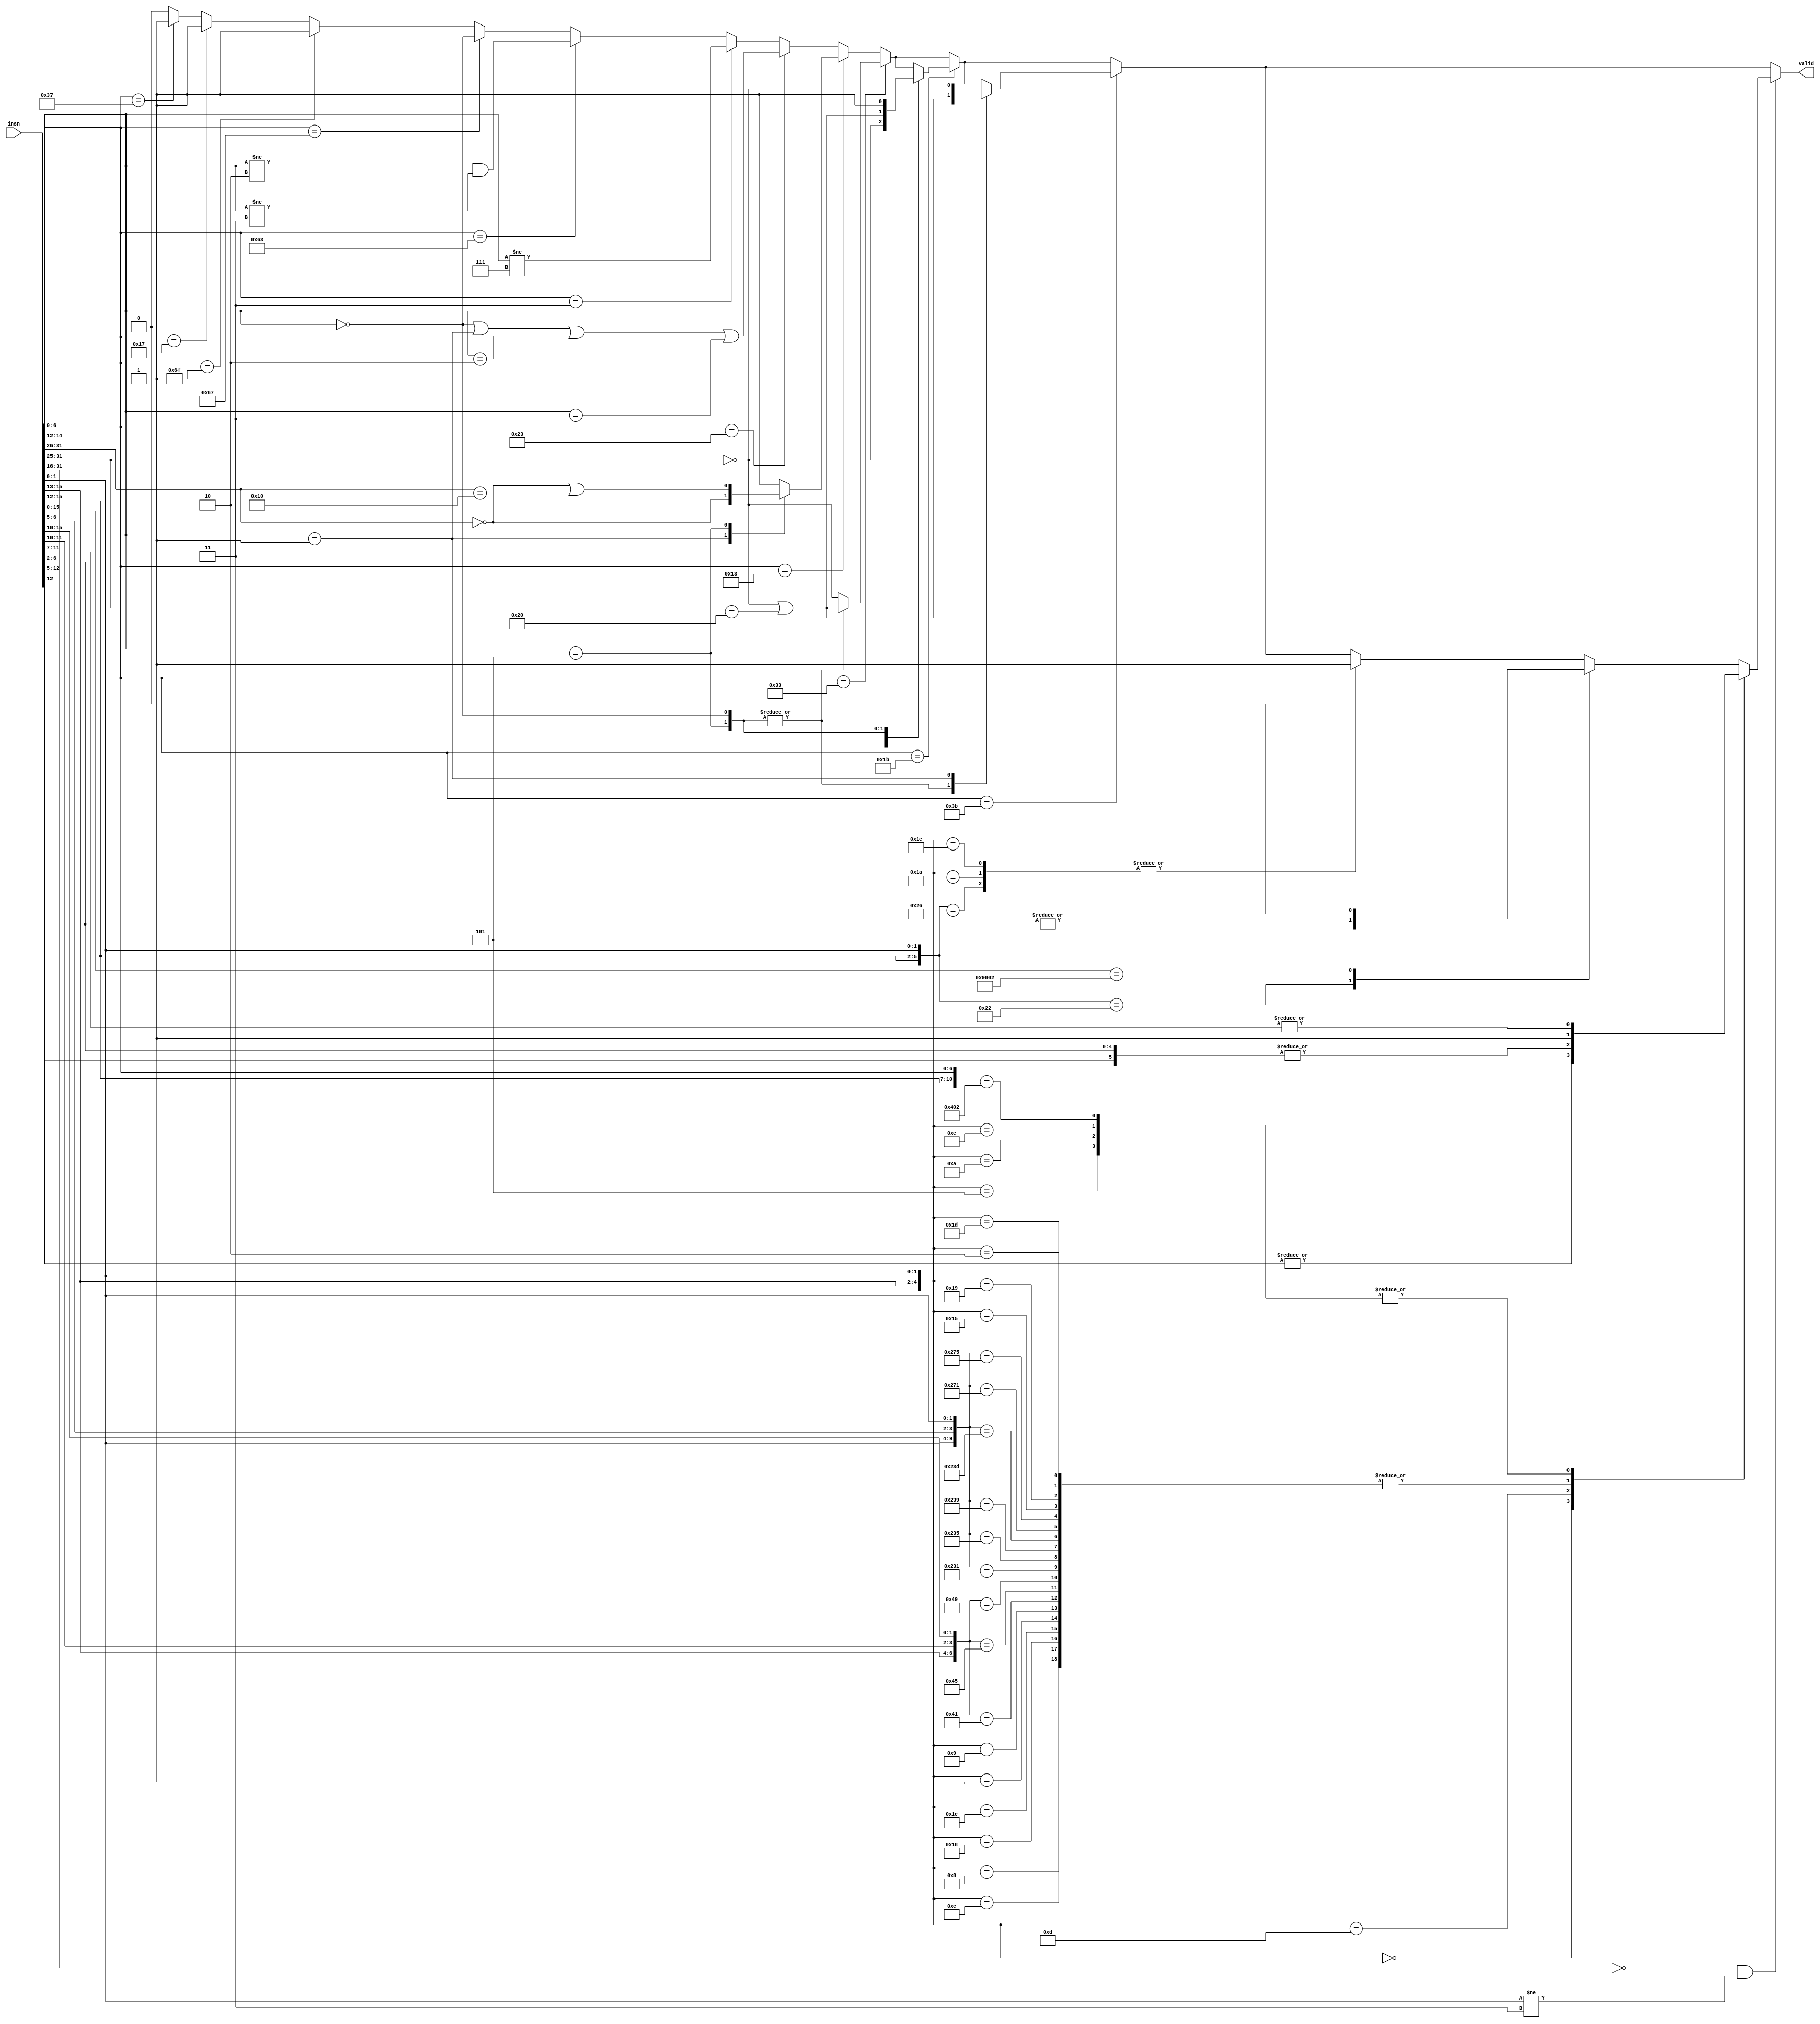
// Check if a given instruction is an RV64IC instruction (without SYSTEM opcode)
//
module riscv_rv64ic_insn (
	input [31:0] insn,
	output reg valid
);
	always @* begin
		valid = 0;

		if (insn[6:0] == 7'b 01_101_11) valid = 1; // LUI
		if (insn[6:0] == 7'b 00_101_11) valid = 1; // AUIPC
		if (insn[6:0] == 7'b 11_011_11) valid = 1; // JAL

		if (insn[6:0] == 7'b 11_001_11) begin // JALR
			valid = insn[14:12] == 3'b 000;
		end

		if (insn[6:0] == 7'b 11_000_11) begin // BRANCH
			valid = (insn[14:12] != 3'b 010) && (insn[14:12] != 3'b 011);
		end

		if (insn[6:0] == 7'b 00_000_11) begin // LOAD
			valid = (insn[14:12] != 3'b 111);
		end

		if (insn[6:0] == 7'b 01_000_11) begin // STORE
			valid = (insn[14:12] == 3'b 000) || (insn[14:12] == 3'b 001) || (insn[14:12] == 3'b 010) || (insn[14:12] == 3'b 011);
		end

		if (insn[6:0] == 7'b 00_100_11) begin // OP-IMM
			case (insn[14:12])
				3'b 001: begin // SLLI
					valid = insn[31:26] == 6'b 000000;
				end
				3'b 101: begin // SRLI SRAI
					valid = (insn[31:26] == 6'b 000000) || (insn[31:26] == 6'b 010000);
				end
				default: begin
					valid = 1;
				end
			endcase
		end

		if (insn[6:0] == 7'b 01_100_11) begin // OP
			case (insn[14:12])
				3'b 000, 3'b 101: begin // ADD SUB SRL SRA
					valid = (insn[31:25] == 7'b 0000000) || (insn[31:25] == 7'b 0100000);
				end
				default: begin
					valid = insn[31:25] == 7'b 0000000;
				end
			endcase
		end

		if (insn[6:0] == 7'b 00_110_11) begin // OP-IMM-32
			case (insn[14:12])
				3'b 001: begin // SLLIW
					valid = insn[31:25] == 7'b 0000000;
				end
				3'b 101: begin // SRLIW SRAIW
					valid = (insn[31:25] == 7'b 0000000) || (insn[31:25] == 7'b 0100000);
				end
				3'b 000: begin // ADDIW
					valid = 1;
				end
			endcase
		end

		if (insn[6:0] == 7'b 01_110_11) begin // OP-32
			case (insn[14:12])
				3'b 000, 3'b 101: begin // ADDW SUBW SRLW SRAW
					valid = (insn[31:25] == 7'b 0000000) || (insn[31:25] == 7'b 0100000);
				end
				3'b 001: begin // SLLW
					valid = insn[31:25] == 7'b 0000000;
				end
			endcase
		end

		if (insn[31:16] == 16'b0 && insn[1:0] != 2'b11) begin
			casez (insn[15:0])
				// RVC -- Quadrant 0
				16'b 000_???_???_??_???_00: valid = |insn[12:5];              // C.ADDI4SPN
				16'b 010_???_???_??_???_00: valid = 1;                        // C.LW
				16'b 011_???_???_??_???_00: valid = 1;                        // C.LD
				16'b 110_???_???_??_???_00: valid = 1;                        // C.SW
				16'b 111_???_???_??_???_00: valid = 1;                        // C.SD

				// RVC -- Quadrant 1
				16'b 000_?_??_???_??_???_01: valid = 1;                       // C.NOP, C.ADDI
				16'b 001_?_??_???_??_???_01: valid = |insn[11:7];             // C.ADDIW
				16'b 010_?_??_???_??_???_01: valid = 1;                       // C.LI
				16'b 011_?_??_???_??_???_01: valid = |{insn[12], insn[6:2]};  // C.ADDI16SP, C.LUI
				16'b 100_?_00_???_??_???_01: valid = 1;                       // C.SRLI
				16'b 100_?_01_???_??_???_01: valid = 1;                       // C.SRAI
				16'b 100_?_10_???_??_???_01: valid = 1;                       // C.ANDI
				16'b 100_0_11_???_00_???_01: valid = 1;                       // C.SUB
				16'b 100_0_11_???_01_???_01: valid = 1;                       // C.XOR
				16'b 100_0_11_???_10_???_01: valid = 1;                       // C.OR
				16'b 100_0_11_???_11_???_01: valid = 1;                       // C.AND
				16'b 100_1_11_???_00_???_01: valid = 1;                       // C.SUBW
				16'b 100_1_11_???_01_???_01: valid = 1;                       // C.ADDW
				16'b 101_?_??_???_??_???_01: valid = 1;                       // C.J
				16'b 110_?_??_???_??_???_01: valid = 1;                       // C.BEQZ
				16'b 111_?_??_???_??_???_01: valid = 1;                       // C.BNEZ

				// RVC -- Quadrant 2
				16'b 000_?_?????_?????_10: valid = 1;                         // C.SLLI
				16'b 010_?_?????_?????_10: valid = |insn[11:7];               // C.LWSP
				16'b 011_?_?????_?????_10: valid = |insn[11:7];               // C.LDSP
				16'b 100_0_?????_00000_10: valid = |insn[11:7];               // C.JR
				16'b 100_0_?????_?????_10: valid = |insn[6:2];                // C.MV
				16'b 100_1_00000_00000_10: valid = 0;                         // C.EBREAK (SYSTEM => valid=0)
				16'b 100_1_?????_?????_10: valid = 1;                         // C.JALR, C.ADD
				16'b 110_?_?????_?????_10: valid = 1;                         // C.SWSP
				16'b 111_?_?????_?????_10: valid = 1;                         // C.SDSP
			endcase
		end
	end
endmodule